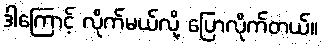
ဒါကြောင့် လိုက်မယ်လို့ ပြောလိုက်တယ်။